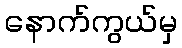
နောက်ကွယ်မှ